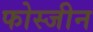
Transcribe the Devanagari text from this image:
फोस्जीन